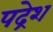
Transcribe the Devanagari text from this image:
पद्रेश